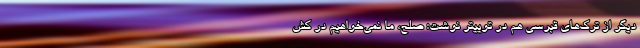
دیگر از ترک‌های قبرسی هم در توییتر نوشت: صلح، ما نمی‌خواهیم در کش